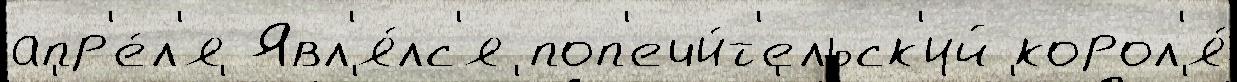
апр'е́л'я Явл'я́лс'я поп'ечи́т'ельск'ий корол'я́